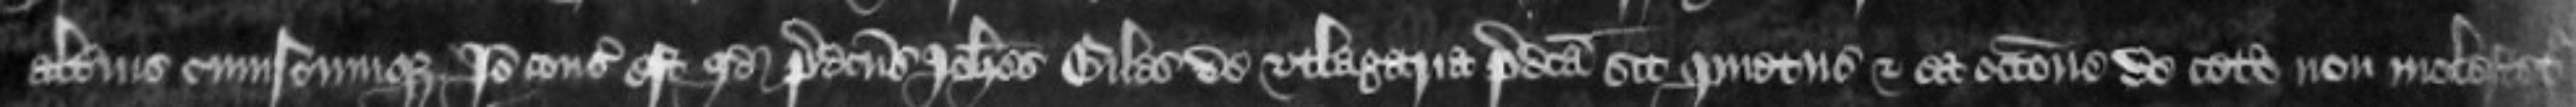
alterius cuiuscumque Ideo consideratum est quod predictus Johannes Giles de utlagaria predicta sit quietus et ea occasione de cetero non molestetur